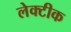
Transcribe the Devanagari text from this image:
लेक्टीक